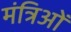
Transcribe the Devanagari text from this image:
मंत्रिओं